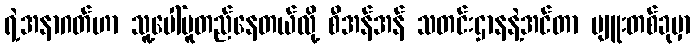
ရဲ့အနာဂတ်ဟာ သူ့ပေါ်မူတည်နေတယ်လို့ စီအန်အန် သတင်းဌာနနဲ့အင်တာ ဗျူးတစ်ခုမှာ